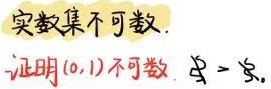
实数集不可数.

证明 $(0,1)$ 不可数. 反证.